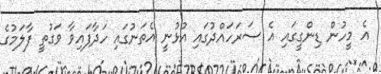
އެ މީހުން ޑިންގީގައި އެ ސަރަހައްދުގައި އުޅުނީ އެތަނުގައި ހަދާފައިވާ ވަގުތީ ފާލަމުގެ